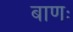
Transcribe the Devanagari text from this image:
बाणः